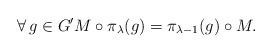
LaTeX: \begin{align*} \forall\, g\in G'M\circ \pi_\lambda(g) = \pi_{\lambda-1}(g) \circ M.\end{align*}